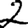
Digit: 2